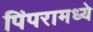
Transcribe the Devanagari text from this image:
पिंपरामध्ये